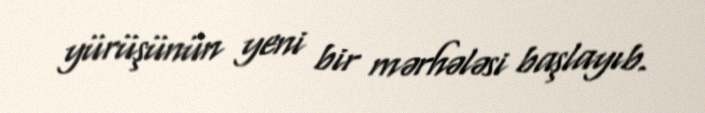
yürüşünün yeni bir mərhələsi başlayıb.